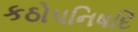
કઠોપનિષદિ